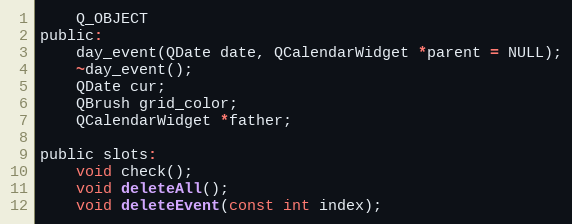
Language: C
    Q_OBJECT
public:
    day_event(QDate date, QCalendarWidget *parent = NULL);
    ~day_event();
    QDate cur;
    QBrush grid_color;
    QCalendarWidget *father;

public slots:
    void check();
    void deleteAll();
    void deleteEvent(const int index);